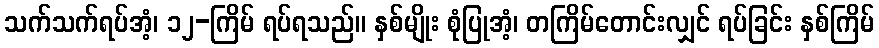
သက်သက်ရပ်အံ့၊ ၁၂-ကြိမ် ရပ်ရသည်။ နှစ်မျိုး စုံပြုအံ့၊ တကြိမ်တောင်းလျှင် ရပ်ခြင်း နှစ်ကြိမ်